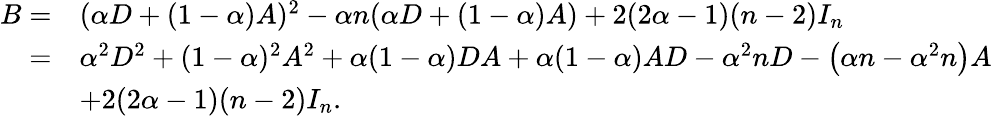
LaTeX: \begin{array}{rl}{B=}&{(\alpha D+(1-\alpha)A)^{2}-\alpha n(\alpha D+(1-\alpha)A)+2(2\alpha-1)(n-2)I_{n}}\\ {=}&{\alpha^{2}D^{2}+(1-\alpha)^{2}A^{2}+\alpha(1-\alpha)DA+\alpha(1-\alpha)AD-\alpha^{2}nD-\left(\alpha n-\alpha^{2}n\right)A}\\ &{+2(2\alpha-1)(n-2)I_{n}.}\end{array}